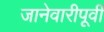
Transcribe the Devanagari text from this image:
जानेवारीपूर्वी